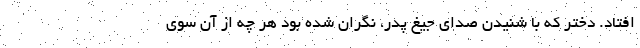
افتاد. دختر که با شنیدن صدای جیغ پدر، نگران شده بود هر چه از آن سوی